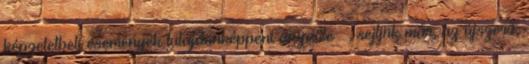
képzeletbeli események tulajdonképpeni anyaöle –, sejtjük már, az újszerű,